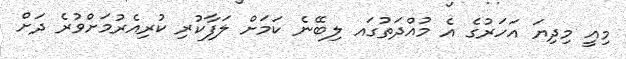
މިއީ މިދިޔަ އަހަރުގެ އެ މުއްދަތުގައ ލިބޭނެ ކަމަށް ލަފާކުރި ކުރިއެރުމަށްވުރެ ދަށް